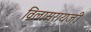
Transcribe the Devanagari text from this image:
विलासरायजी